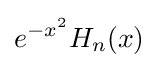
e^{-x^{2}}H_{n}(x)